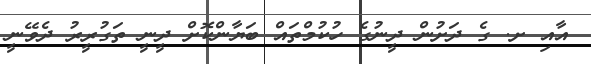
އާއި ށ. ގެ ދަށުން ދީނުގެ ހުކުމްތައް ބަޔާންކޮށް ދީނީ ތަގުރީރު ދެވޭނީ